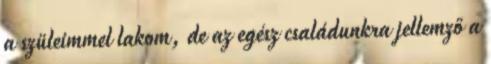
a szüleimmel lakom, de az egész családunkra jellemző a